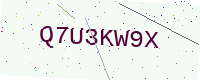
Text: Q7U3KW9X